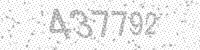
Solution: 437792